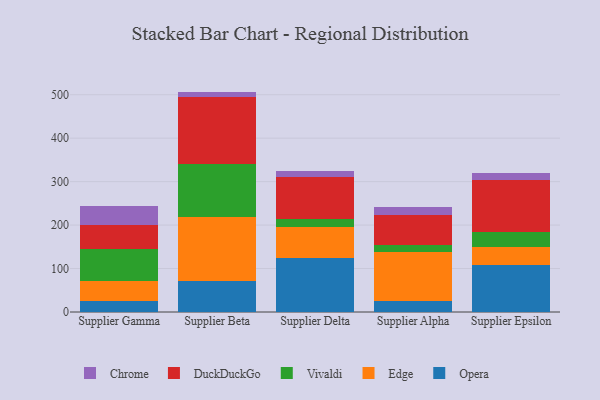
{"axis": {"x": "Supplier", "y": "Population (Million)"}, "legend": ["Chrome", "DuckDuckGo", "Edge", "Opera", "Vivaldi"], "data": [{"x": "Supplier Gamma", "y": 25.9, "type": "Opera"}, {"x": "Supplier Gamma", "y": 45.8, "type": "Edge"}, {"x": "Supplier Gamma", "y": 73.5, "type": "Vivaldi"}, {"x": "Supplier Gamma", "y": 55.7, "type": "DuckDuckGo"}, {"x": "Supplier Gamma", "y": 42.9, "type": "Chrome"}, {"x": "Supplier Beta", "y": 71.6, "type": "Opera"}, {"x": "Supplier Beta", "y": 146.6, "type": "Edge"}, {"x": "Supplier Beta", "y": 121.5, "type": "Vivaldi"}, {"x": "Supplier Beta", "y": 154.4, "type": "DuckDuckGo"}, {"x": "Supplier Beta", "y": 13.1, "type": "Chrome"}, {"x": "Supplier Delta", "y": 123.7, "type": "Opera"}, {"x": "Supplier Delta", "y": 72.3, "type": "Edge"}, {"x": "Supplier Delta", "y": 18.6, "type": "Vivaldi"}, {"x": "Supplier Delta", "y": 96.4, "type": "DuckDuckGo"}, {"x": "Supplier Delta", "y": 14.5, "type": "Chrome"}, {"x": "Supplier Alpha", "y": 25.7, "type": "Opera"}, {"x": "Supplier Alpha", "y": 112.8, "type": "Edge"}, {"x": "Supplier Alpha", "y": 16.0, "type": "Vivaldi"}, {"x": "Supplier Alpha", "y": 68.5, "type": "DuckDuckGo"}, {"x": "Supplier Alpha", "y": 18.4, "type": "Chrome"}, {"x": "Supplier Epsilon", "y": 109.3, "type": "Opera"}, {"x": "Supplier Epsilon", "y": 40.2, "type": "Edge"}, {"x": "Supplier Epsilon", "y": 35.1, "type": "Vivaldi"}, {"x": "Supplier Epsilon", "y": 118.2, "type": "DuckDuckGo"}, {"x": "Supplier Epsilon", "y": 17.2, "type": "Chrome"}]}